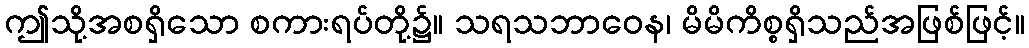
ဤသို့အစရှိသော စကားရပ်တို့၌။ သရသဘာဝေန၊ မိမိကိစ္စရှိသည်အဖြစ်ဖြင့်။